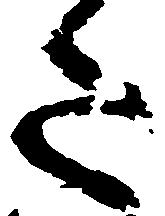
た